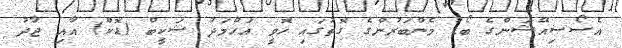
އެސޯސިއޭޝަންގެ ބޯޑު މެންބަރުންގެ ގޮތުގައި ހޮވީ އަހްމަދު ޝަކީބް (ޑޮކް) އާއި ޖާދު